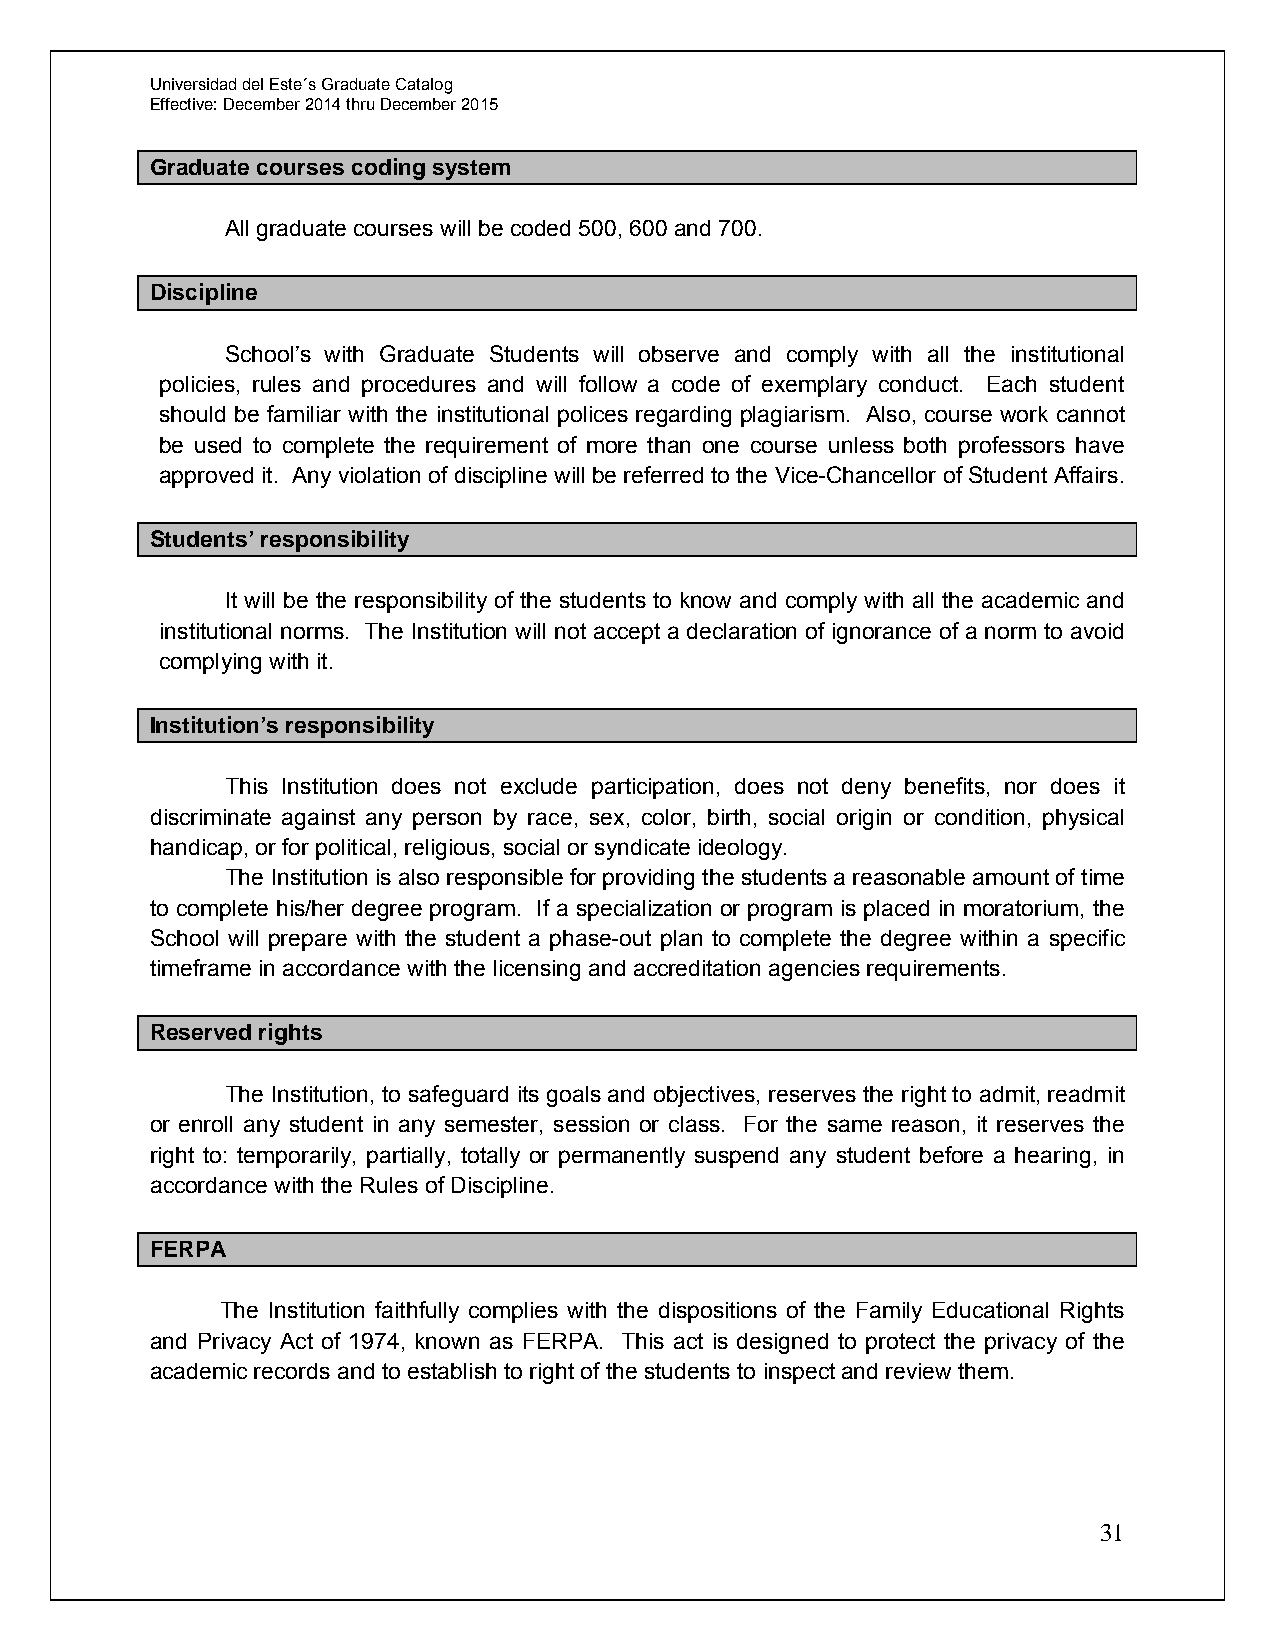
Universidad del Este´s Graduate Catalog
 Effective: December 2014 thru December 2015
 Graduate courses coding system
 All graduate courses will be coded 500, 600 and 700.
 Discipline
 School’s with Graduate Students will observe and comply with all the institutional
 policies, rules and procedures and will follow a code of exemplary conduct. Each student
 should be familiar with the institutional polices regarding plagiarism. Also, course work cannot
 be used to complete the requirement of more than one course unless both professors have
 approved it. Any violation of discipline will be referred to the Vice-Chancellor of Student Affairs.
 Students’ responsibility
 It will be the responsibility of the students to know and comply with all the academic and
 institutional norms. The Institution will not accept a declaration of ignorance of a norm to avoid
 complying with it.
 Institution’s responsibility
 This Institution does not exclude participation, does not deny benefits, nor does it
 discriminate against any person by race, sex, color, birth, social origin or condition, physical
 handicap, or for political, religious, social or syndicate ideology.
 The Institution is also responsible for providing the students a reasonable amount of time
 to complete his/her degree program. If a specialization or program is placed in moratorium, the
 School will prepare with the student a phase-out plan to complete the degree within a specific
 timeframe in accordance with the licensing and accreditation agencies requirements.
 Reserved rights
 The Institution, to safeguard its goals and objectives, reserves the right to admit, readmit
 or enroll any student in any semester, session or class. For the same reason, it reserves the
 right to: temporarily, partially, totally or permanently suspend any student before a hearing, in
 accordance with the Rules of Discipline.
 FERPA
 The Institution faithfully complies with the dispositions of the Family Educational Rights
 and Privacy Act of 1974, known as FERPA. This act is designed to protect the privacy of the
 academic records and to establish to right of the students to inspect and review them.
 31